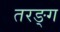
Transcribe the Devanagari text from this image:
तरङ्ग